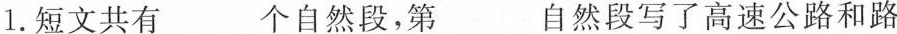
1.短文共有___个自然段，第___自然段写了高速公路和路